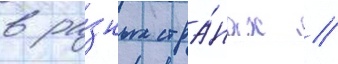
в ра́зных стра́нах //